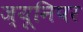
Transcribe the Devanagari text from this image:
ज्यूनिपर